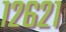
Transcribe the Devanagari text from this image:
१२६२१